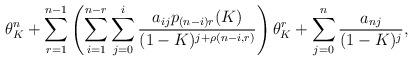
LaTeX: \begin{align*} \theta_K^n + \sum_{r = 1}^{n-1}\left(\sum_{i = 1}^{n-r}\sum_{j = 0}^{i}\frac{a_{ij}p_{(n-i)r}(K)}{(1-K)^{j+\rho(n-i,r)}}\right)\theta_K^r + \sum_{j = 0}^n\frac{a_{nj}}{(1-K)^j},\end{align*}